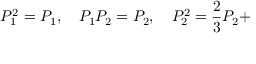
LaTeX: P _ { 1 } ^ { 2 } = P _ { 1 } , \quad P _ { 1 } P _ { 2 } = P _ { 2 } , \quad P _ { 2 } ^ { 2 } = \frac { 2 } { 3 } P _ { 2 } +